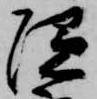
隠